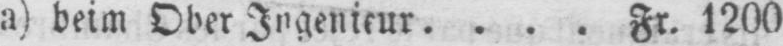
a) beim Ober Ingenieur .... Fr. 1200